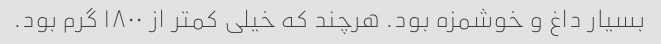
بسیار داغ و خوشمزه بود. هرچند که خیلی کمتر از ۱۸۰۰ گرم بود.